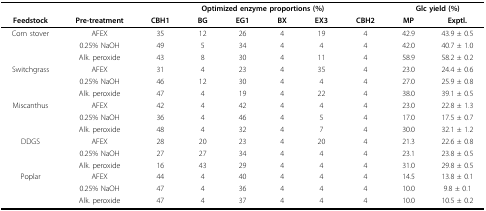
|  |  | <COLSPAN=6> Optimized enzyme proportions (%) | <COLSPAN=2> Glc yield (%) |
 | Feedstock | Pre-treatment | CBH1 | BG | EG1 | BX | EX3 | CBH2 | MP | Exptl. |
 | --- | --- | --- | --- | --- | --- | --- | --- | --- | --- |
 | Corn stover | AFEX | 35 | 12 | 26 | 4 | 19 | 4 | 42.9 | 43.9 ± 0.5 |
 |  | 0.25% NaOH | 49 | 5 | 34 | 4 | 4 | 4 | 42.0 | 40.7 ± 1.0 |
 |  | Alk. peroxide | 43 | 8 | 30 | 4 | 11 | 4 | 58.9 | 58.2 ± 0.2 |
 | Switchgrass | AFEX | 31 | 4 | 23 | 4 | 35 | 4 | 23.0 | 24.4 ± 0.6 |
 |  | 0.25% NaOH | 46 | 12 | 30 | 4 | 4 | 4 | 27.0 | 25.9 ± 0.8 |
 |  | Alk. peroxide | 47 | 4 | 19 | 4 | 22 | 4 | 38.0 | 39.1 ± 0.5 |
 | Miscanthus | AFEX | 42 | 4 | 42 | 4 | 4 | 4 | 23.0 | 22.8 ± 1.3 |
 |  | 0.25% NaOH | 36 | 4 | 46 | 4 | 5 | 4 | 17.0 | 17.5 ± 0.7 |
 |  | Alk. peroxide | 48 | 4 | 32 | 4 | 7 | 4 | 30.0 | 32.1 ± 1.2 |
 | DDGS | AFEX | 28 | 20 | 23 | 4 | 20 | 4 | 21.3 | 22.6 ± 0.8 |
 |  | 0.25% NaOH | 27 | 27 | 34 | 4 | 4 | 4 | 23.1 | 23.8 ± 0.5 |
 |  | Alk. peroxide | 16 | 43 | 29 | 4 | 4 | 4 | 31.0 | 29.8 ± 0.5 |
 | Poplar | AFEX | 44 | 4 | 40 | 4 | 4 | 4 | 14.5 | 13.8 ± 0.1 |
 |  | 0.25% NaOH | 47 | 4 | 36 | 4 | 4 | 4 | 10.0 | 9.8 ± 0.1 |
 |  | Alk. peroxide | 47 | 4 | 37 | 4 | 4 | 4 | 10.0 | 10.5 ± 0.2 |